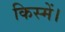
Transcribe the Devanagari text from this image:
किस्में।